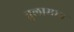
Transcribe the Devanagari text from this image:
तुलामान